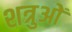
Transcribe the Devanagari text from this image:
शत्रुओें